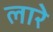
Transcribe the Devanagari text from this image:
लारे